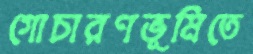
গোচারণভূমিতে